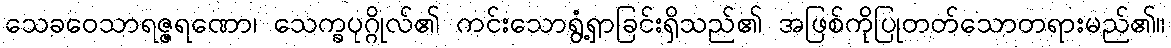
သေခဝေသာရဇ္ဇရဏော၊ သေက္ခပုဂ္ဂိုလ်၏ ကင်းသောရွံ့ရှာခြင်းရှိသည်၏ အဖြစ်ကိုပြုတတ်သောတရားမည်၏။